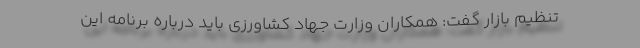
تنظیم بازار گفت: همکاران وزارت جهاد کشاورزی باید درباره برنامه این